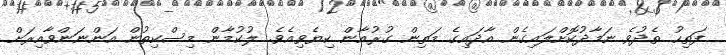
ފަތިހު ތެދުވެ ނަމާދުކޮށްލައިގެން އާދައިގެ މަތިން ގުރުއާން ކިޔެވިއެވެ. ލުކުމާން މިސްކިތުން އަންނަންވާއިރަށް